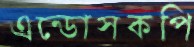
এন্ডোসকপি